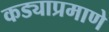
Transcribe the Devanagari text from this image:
कड्याप्रमाणे